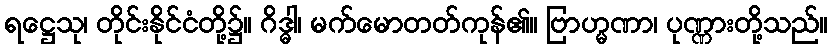
ရဋ္ဌေသု၊ တိုင်းနိုင်ငံတို့၌။ ဂိဒ္ဓါ၊ မက်မောတတ်ကုန်၏။ ဗြာဟ္မဏာ၊ ပုဏ္ဏားတို့သည်။